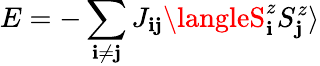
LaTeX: E=-\sum_{\mathbf{i}\neq\mathbf{j}}J_{\mathbf{i}\mathbf{j}}\langleS_{\mathbf{i}}^{z}S_{\mathbf{j}}^{z}\rangle